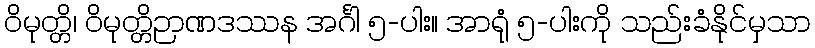
ဝိမုတ္တိ၊ ဝိမုတ္တိဉာဏဒဿန အင်္ဂါ ၅-ပါး။ အာရုံ ၅-ပါးကို သည်းခံနိုင်မှသာ